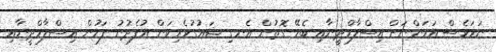
ނަމަވެސް އަހަންނަށް އިސްލާމްދީނާއި ބެހޭ ގޮތުން އެނގި ޝައުގުވެރިކަން އުފެދުނު ފަހުން އިސްލާމްދީނާއި